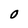
Character: 0